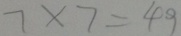
7 \times 7 = 4 9